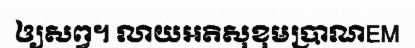
ឲ្យសព្វ។ លាយអតិសុខុមប្រាណEM